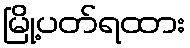
မြို့ပတ်ရထား